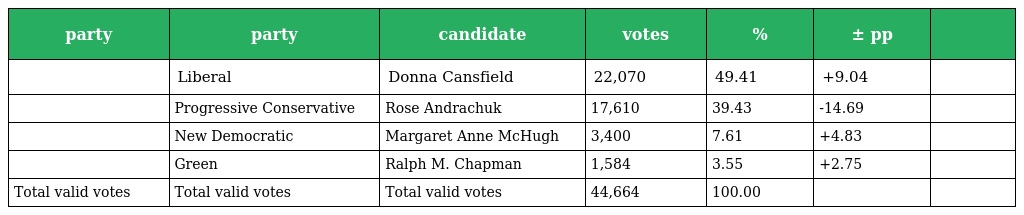
| party | party | candidate | votes | % | ± pp |  |
 | --- | --- | --- | --- | --- | --- | --- |
 |  | Liberal | Donna Cansfield | 22,070 | 49.41 | +9.04 |  |
 |  | Progressive Conservative | Rose Andrachuk | 17,610 | 39.43 | -14.69 |  |
 |  | New Democratic | Margaret Anne McHugh | 3,400 | 7.61 | +4.83 |  |
 |  | Green | Ralph M. Chapman | 1,584 | 3.55 | +2.75 |  |
 | Total valid votes | Total valid votes | Total valid votes | 44,664 | 100.00 |  |  |